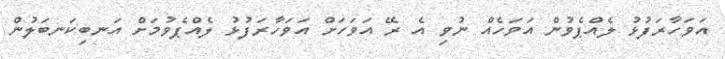
އަވަހާރަފުޅު ލެއްޕެވުން އަވަހެއް ނުވި އެ ރޭ އަވަހަށް އަވަހާރަފުޅު ލެއްޕެވުމަށް އަނބިކަނބަލުން